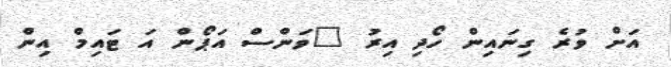
އަށް ވުރެ ގިނައިން ހޯދި އިރު "ވަންސް އަޕޯން އަ ޓައިމް އިން